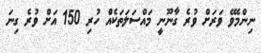
ނިންމެވޭ ވަރަށް ވުރެ ގާނޫނީ މައްސަލަތަކެއް ހުރި 150 އަށް ވުރެ ގިނަ